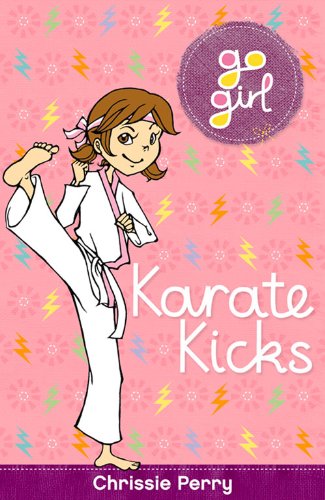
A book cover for Karate Kicks (Go Girl); Chrissie Perry; Children's Books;